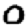
Digit: 0